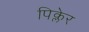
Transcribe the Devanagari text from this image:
पिक्लेर